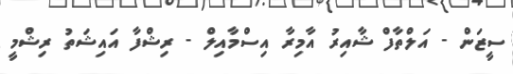
ސީޒަން - އަލްތާފް ޝާއިރު އާމިރާ އިސްމާއިލް - ރިޝްފާ އައިޝަތު ރިޝްމީ